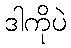
ဒါကိုပဲ